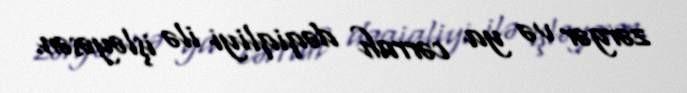
zərgər və ya cərrah dəqiqliyi ilə işləyəsən.